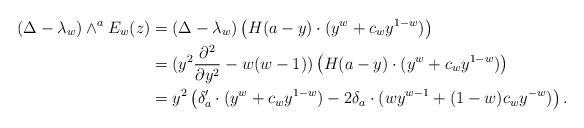
LaTeX: \begin{align*}(\Delta - \lambda_w)\wedge^a E_w(z) &= (\Delta-\lambda_w)\left(H(a-y)\cdot (y^w + c_w y^{1-w})\right)\\&= (y^2 \frac{\partial^2}{\partial y^2} - w(w-1))\left(H(a-y)\cdot (y^w + c_w y^{1-w})\right)\\&=y^2\left(\delta'_a\cdot(y^w+c_wy^{1-w})-2\delta_a\cdot(wy^{w-1}+(1-w)c_wy^{-w})\right).\end{align*}